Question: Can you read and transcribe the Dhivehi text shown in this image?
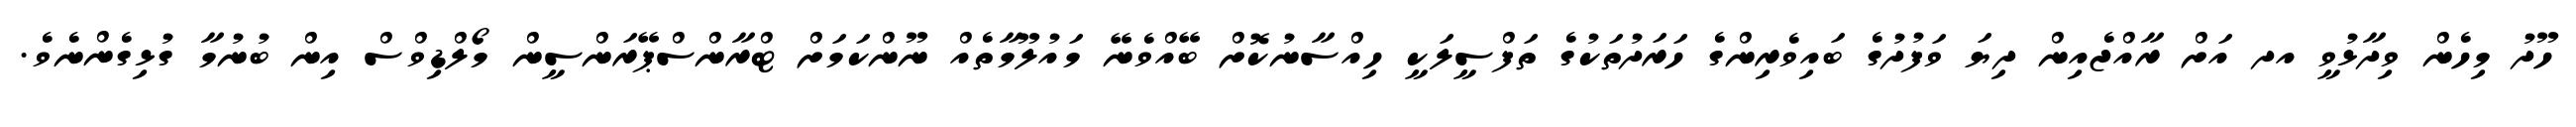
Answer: ހޫދު މިހެން ވިދާޅުވީ އދ އަށް ރާއްޖެއިން ދިޔަ ވަފުދުގެ ބައިވެރިންގެ ހަރަދުތަކުގެ ތަފްސީލަކީ ހިއްސާނުކޮށް ބޭއްވެނޭ މައުލޫމާތެއް ނޫންކަމަށް ޓްރާންސްޕޭރަންސީން މޯލްޑިވްސް އިން ބުނުމާ ގުޅިގެންނެވެ.